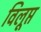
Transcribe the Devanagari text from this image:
विलूप्त